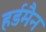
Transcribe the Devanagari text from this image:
हर्डमैन